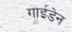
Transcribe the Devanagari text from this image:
गाईडेन